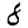
Digit: 8